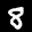
Label: 8